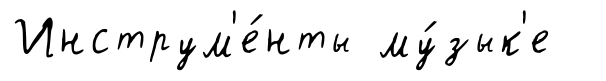
Инструм'е́нты му́зык'е